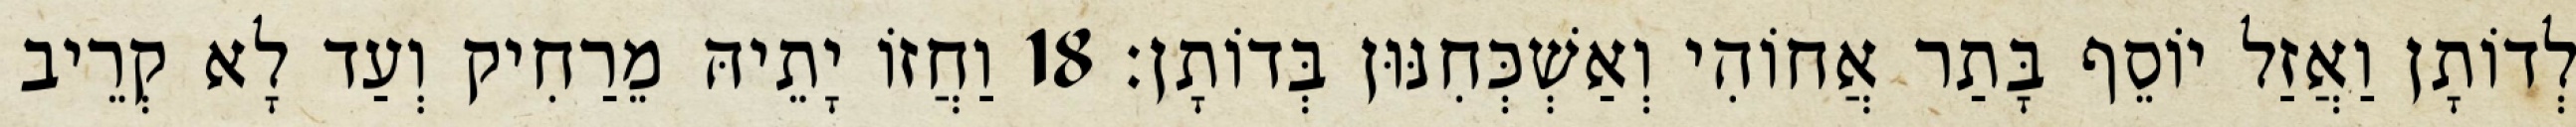
לְדוֹתָן וַאֲזַל יוֹסֵף בָּתַר אֲחוֹהִי וְאַשְׁכְּחִנּוּן בְּדוֹתָן׃ 18 וַחֲזוֹ יָתֵיהּ מֵרַחִיק וְעַד לָא קְרֵיב